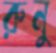
রুনু